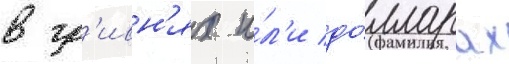
в гр'ивн'ях и́л'и до́лларах